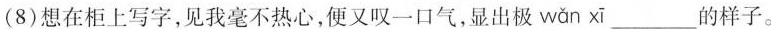
(8)想在柜上写字，见我毫不热心，便又叹一口气，显出极 wǎn xī___的样子。